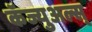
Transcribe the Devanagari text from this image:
कॅज्युअल्स्